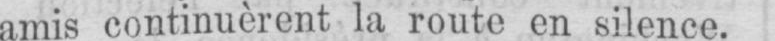
amis continuèrent la route en silence.